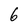
Character: 6